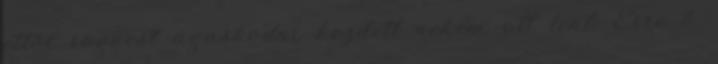
ettől rögvest ágaskodni kezdett nekem ott lent. Erre ő